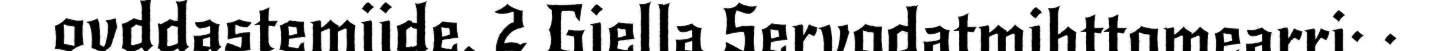
ovddastemiide. 2 Giella Servodatmihttomearri: ·